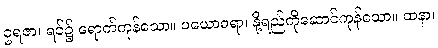
ဥရဇာ၊ ရင်၌ ရောက်ကုန်သော။ ပယောဓရာ၊ နို့ရည်ကိုဆောင်ကုန်သော။ ထနာ၊